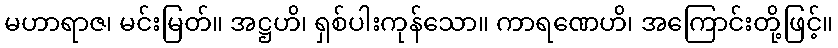
မဟာရာဇ၊ မင်းမြတ်။ အဋ္ဌဟိ၊ ရှစ်ပါးကုန်သော။ ကာရဏေဟိ၊ အကြောင်းတို့ဖြင့်။